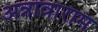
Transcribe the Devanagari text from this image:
अन्नावाराम